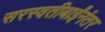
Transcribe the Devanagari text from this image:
सरस्वतीबाईंनंतर